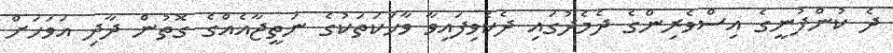
ދެ ކުންފުނީގެ އިސްވެރިންގެ ދެމެދުގައި ދެކެވިފައިވާ ވާހަކަތަކުގެ ނަތީޖާއެއްގެ ގޮތުން ދާދި އަވަހަށް